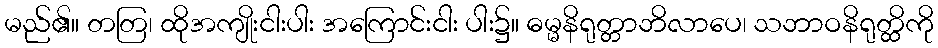
မည်၏။ တတြ၊ ထိုအကျိုးငါးပါး အကြောင်းငါး ပါး၌။ ဓမ္မနိရုတ္တာဘိလာပေ၊ သဘာဝနိရုတ္ထိကို